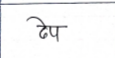
मजकूर: ढेप